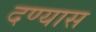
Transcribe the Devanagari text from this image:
दण्यास